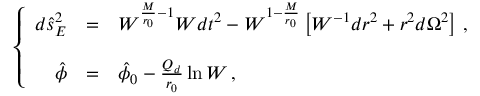
\left\{ \begin{array} { r c l } { { d \hat { s } _ { E } ^ { 2 } } } & { { = } } & { { W ^ { \frac { M } { r _ { 0 } } - 1 } W d t ^ { 2 } - W ^ { 1 - \frac { M } { r _ { 0 } } } \left[ W ^ { - 1 } d r ^ { 2 } + r ^ { 2 } d \Omega ^ { 2 } \right] \, , } } \\ { { } } & { { } } & { { } } \\ { { \hat { \phi } } } & { { = } } & { { \hat { \phi } _ { 0 } - \frac { { \cal Q } _ { d } } { r _ { 0 } } \ln W \, , } } \end{array} \right.